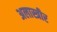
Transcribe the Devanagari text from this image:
अलास्त्रीर